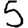
Digit: 5